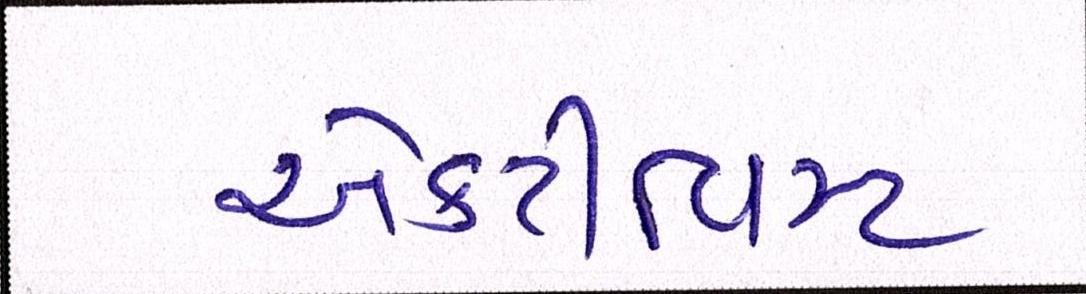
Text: એક્ટીવિસ્ટ